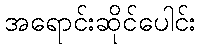
အရောင်းဆိုင်ပေါင်း